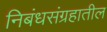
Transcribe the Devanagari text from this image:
निबंधसंग्रहातील